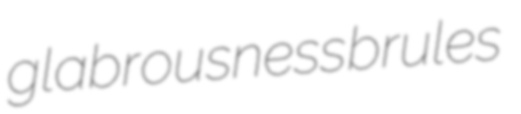
glabrousness brules